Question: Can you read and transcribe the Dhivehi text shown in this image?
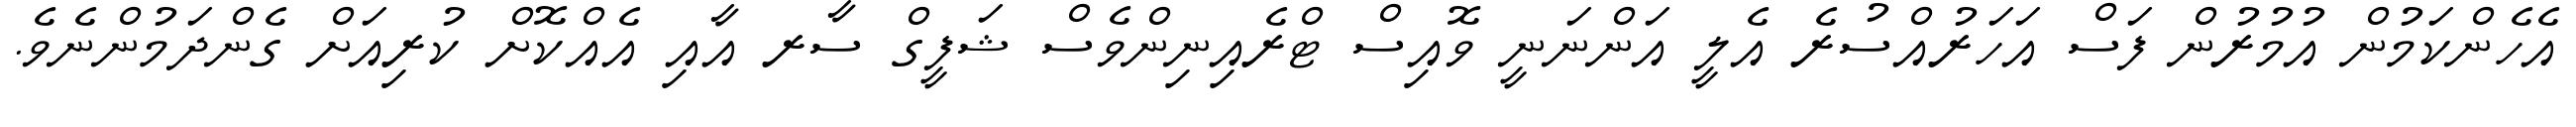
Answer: އެހެންކަމުން އުމުރުން ފަސް އަހަރުއްސުރެ އެލީ އަންނަނީ ވޮއިސް ޓްރެއިނިންވެސް ޝަފީގް ސާރ އާއި އެއްކޮށް ކުރިއަށް ގެންދަމުންނެވެ.